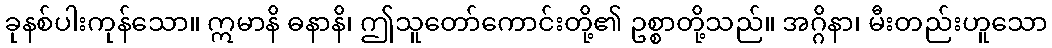
ခုနစ်ပါးကုန်သော။ ဣမာနိ ဓနာနိ၊ ဤသူတော်ကောင်းတို့၏ ဥစ္စာတို့သည်။ အဂ္ဂိနာ၊ မီးတည်းဟူသော